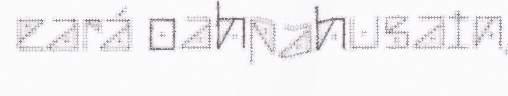
eará oahpahusain,